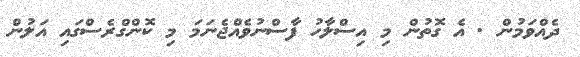
ދެއްވަމުން . އެ ގޮތުން މި އިސްލާހު ފާސްނުވެއްޖެނަމަ މި ކޮންގްރެސްގައި އަލުން